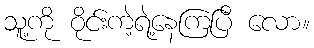
သူ့ကို ဝိုင်းကဲ့ရဲ့နေကြပြီ လော။